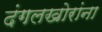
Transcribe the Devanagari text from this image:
दंगलखोरांना